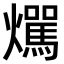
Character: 𤒌